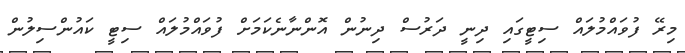
މިރޭ ފުވައްމުލައް ސިޓީގައި ދިނީ ދަރުސް ދިނުން އޮންނާނެކަމަށް ފުވައްމުލައް ސިޓީ ކައުންސިލުން